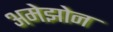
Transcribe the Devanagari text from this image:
अमेझोन